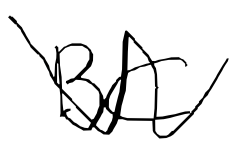
Text: BC
Cross-out: zig-zag
Writing tool: digital_black